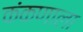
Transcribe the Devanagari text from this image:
कंकणाला